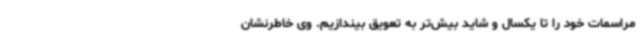
مراسمات خود را تا یکسال و شاید بیش‌تر به تعویق بیندازیم. وی خاطرنشان